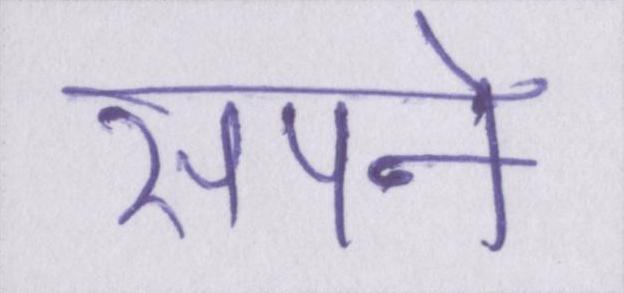
सपने